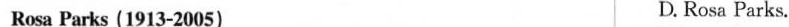
Rosa Parks (1913-2005) D. Rosa Parks.